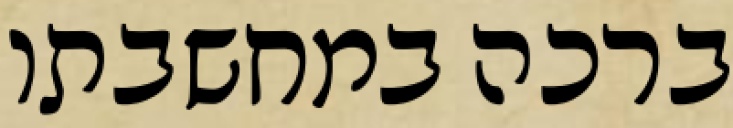
ברכה במחשבתו